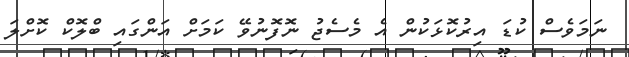
ނަމަވެސް ކުޑަ އިރުކޮޅަކުން އެ މެސެޖު ނޮފޮނުވޭ ކަމަށް އަންގައި ބްލޮކް ކޮށްލަ